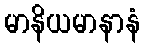
မာနိယမာနာနံ